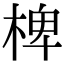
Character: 椑